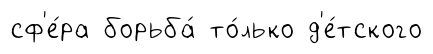
сф'е́ра борьба́ то́лько д'е́тского